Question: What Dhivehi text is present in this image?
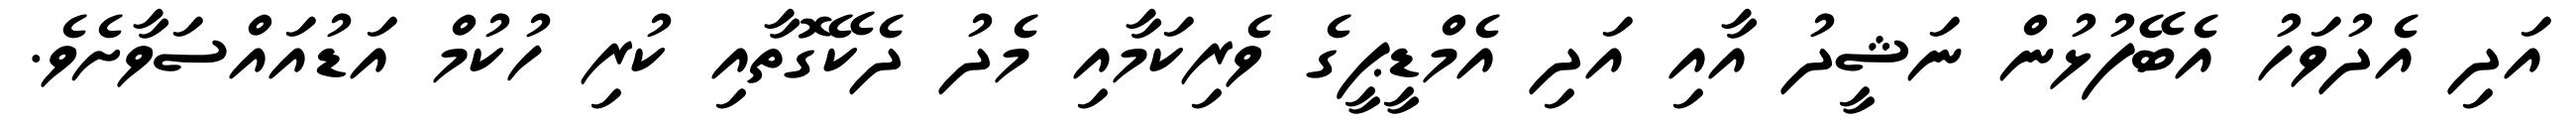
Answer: އަދި އެދުވަހު އެބޭފުޅުން ނަޝީދު އާއި އަދި އެމްޑީޕީގެ ވެރިކަމާއި މެދު ދެކޭގޮތާއި ކުރި ހުކުމް އަޑުއައްސަވާށެވެ.